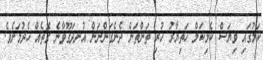
ކަމުގައި ވިޔަސް ކެމިކަލް ހަތިޔާރު ހުރި ތަންތަން ދެނެގަންނަން އުނދަގޫވާނެ ގޮތެއް ހެދުމަށެވެ.